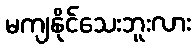
မကျနိုင်သေးဘူးလား